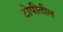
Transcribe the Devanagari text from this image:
टोपीतील